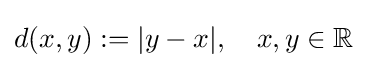
d(x,y):=|y-x|,\quad x,y\in \mathbb {R}